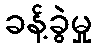
ခန့်ခွဲမှု